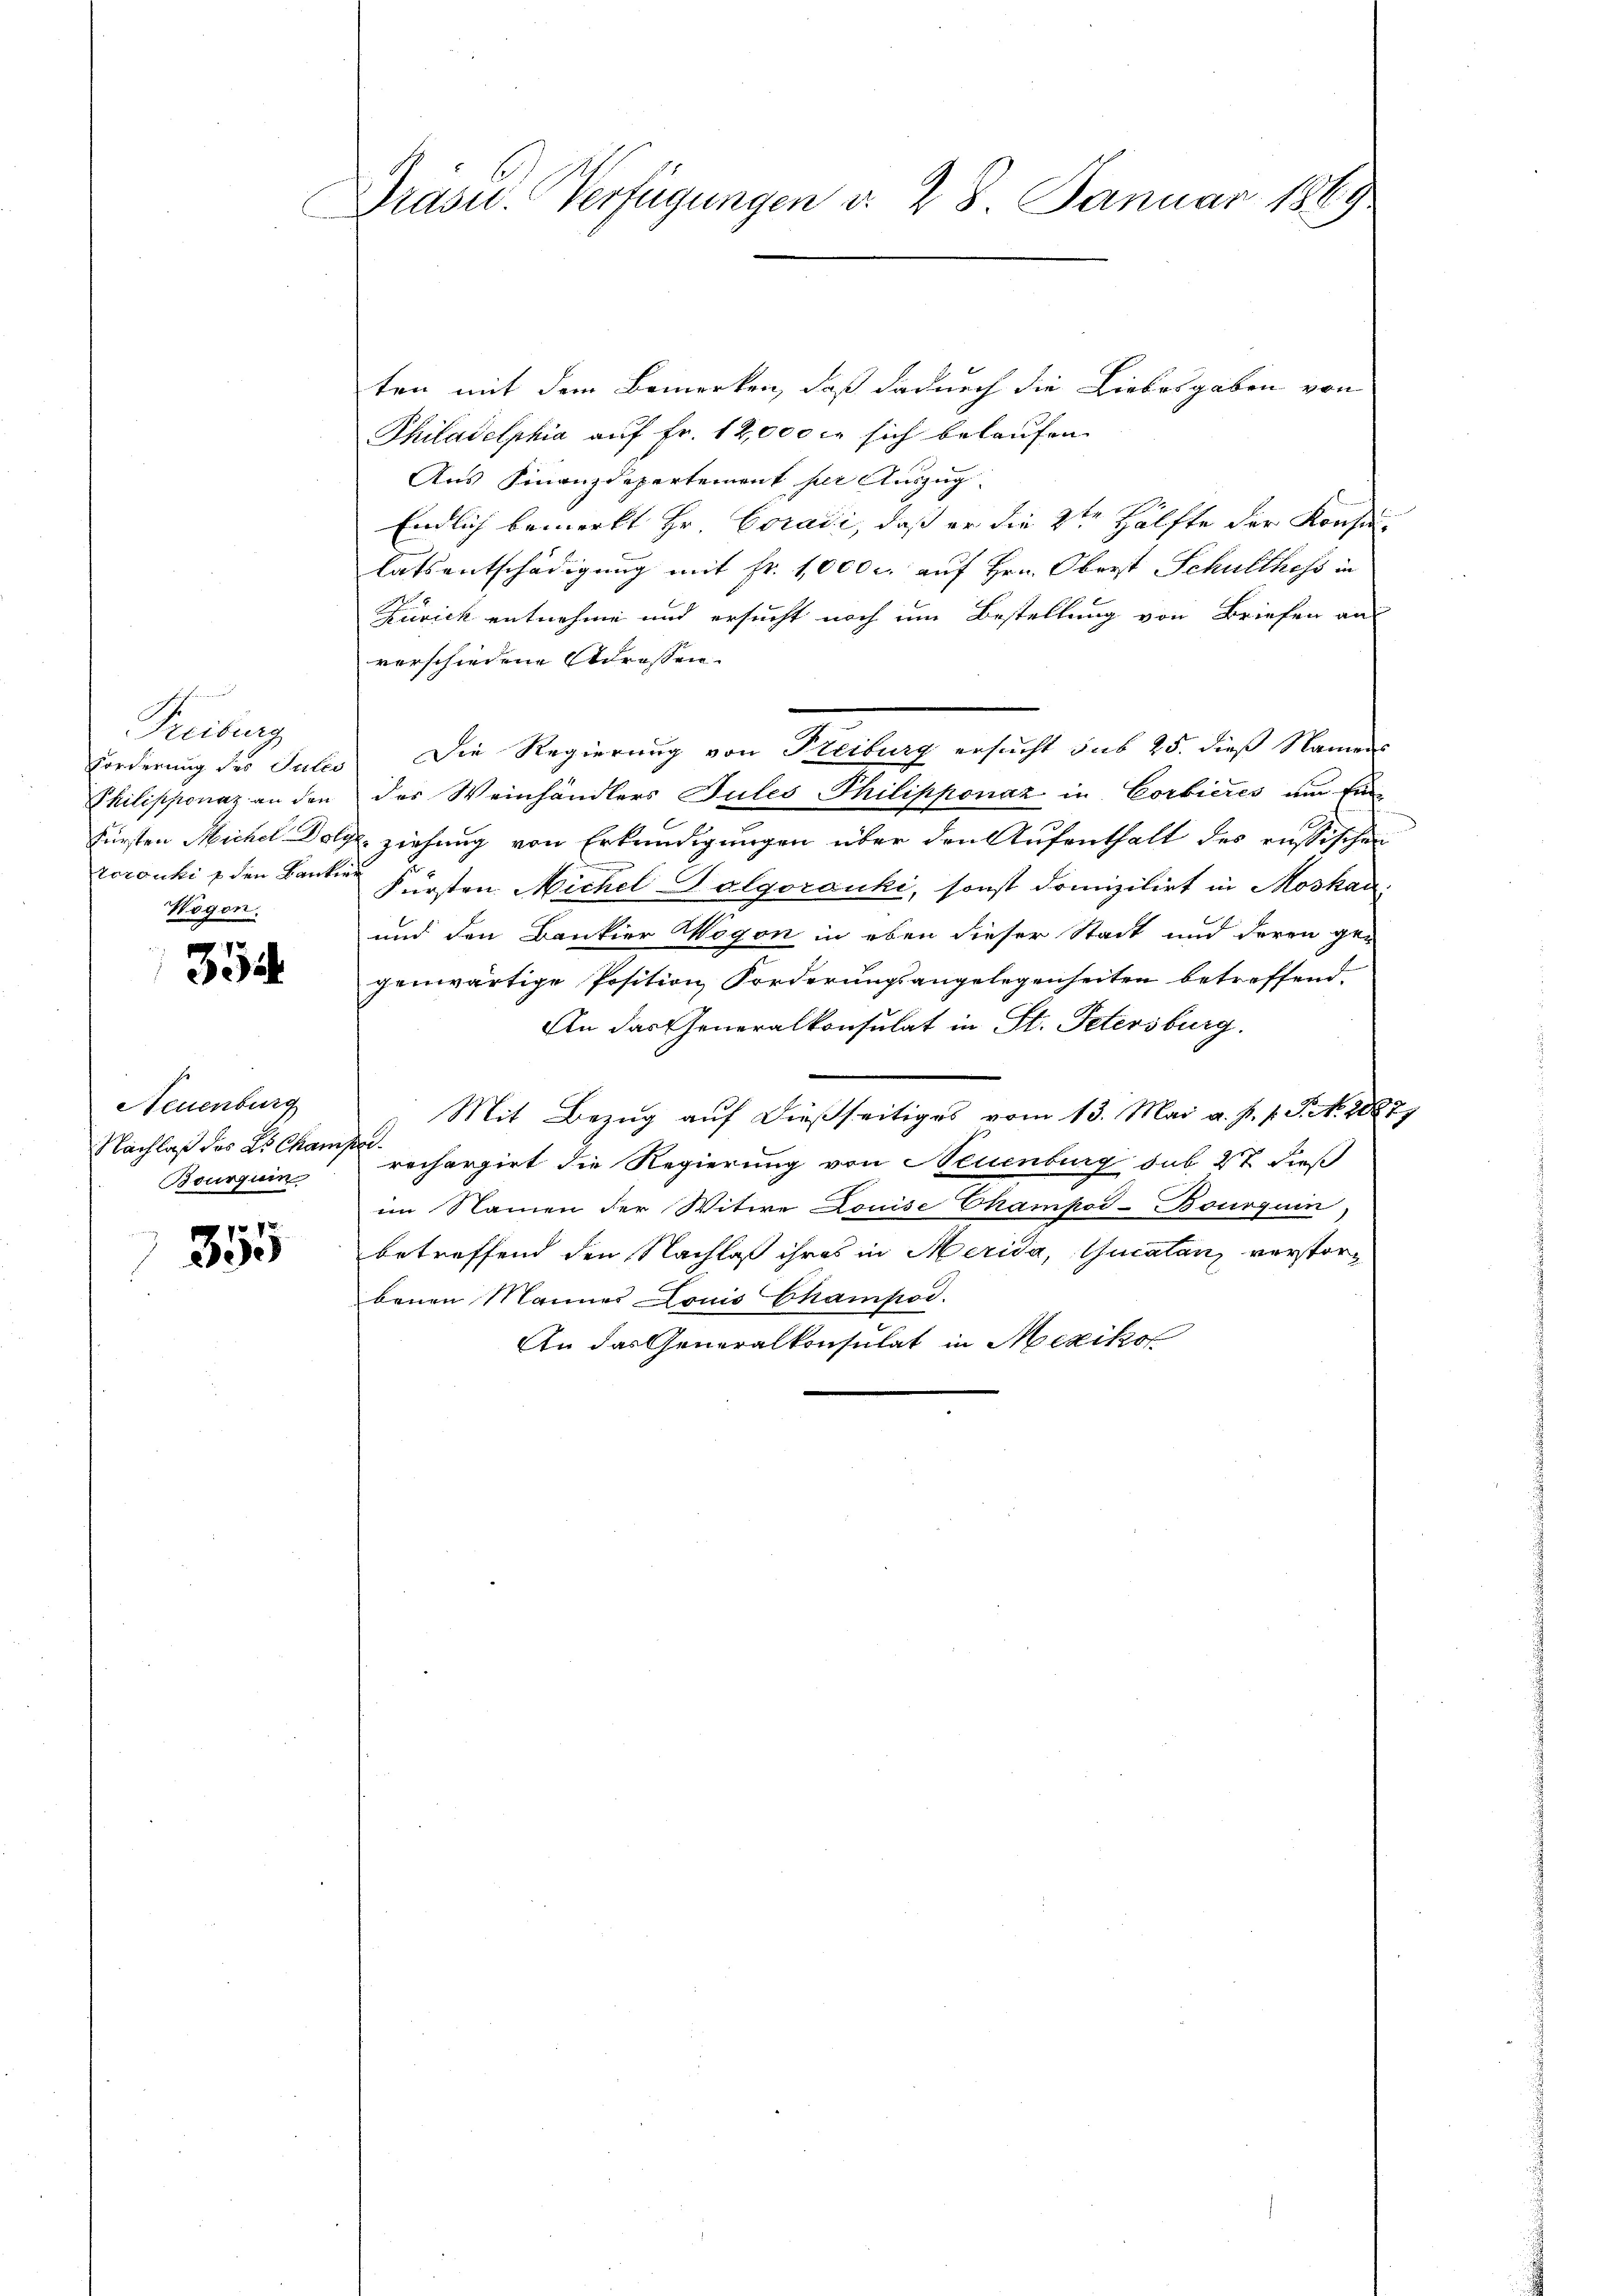
Freiburg
Forderung des Sules
Philippovaz an den
Fürsten Michel Dot
torouki f den Banken
Wogen.

355

Neuenburg
Nachlaß des L. Cham,
Bourgum

7» V
2

Drasu. Verfügungen d. 28. Januar 1869

ten mit dem Bemerken, daß dadurch die Liebesgaben von
Philadelphia auf Fr. 12,000 er sich belaufen.
Aus Finanzdepartement per Auszug
Endlich bemerkt Hr. Coradi, daß er die 2ten Hälfte der Konsulatsentschädigung mit fr. 1,000 c. auf Hrn. Oberst Schulthess in
Zusick entnehme und ersucht noch um Bestellung von Briefen aus
verschiedene Adressen.
Die Regierung von Freiburg ersucht sub 25. dieß Namens
der Weinhändlers Tules Thilipponáz in Corbieres um Einziehung von Erkundigungen über den Aufenthalt des russischen
Fürsten Michel Palgorouki, sonst domizilirt in Moskau
und den Bankier Wogon in eben dieser Stadt und deren gen
genwärtige Position Forderungsangelegenheiten betreffend.
An das Generalkonsulat in St. Petersburg.
Mit Bezug auf dießseitiges vom 13. Mai a. p. p. Tit. 28871
.
rechargirt die Regierung von Neuenburg sub 27 dieß
im Namen der Witwe Louise Champod-Bourquin
betreffend den Nachlaß ihres in Merida, Gucatanz verstorbenen Manner Louis Champod.
An das Generalkonsulat in Mexikol